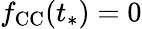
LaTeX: f_{\mathrm{CC}}(t_{*})=0